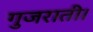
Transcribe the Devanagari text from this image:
गुजराती।